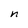
Character: n